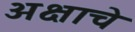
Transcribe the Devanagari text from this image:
अक्षाचे